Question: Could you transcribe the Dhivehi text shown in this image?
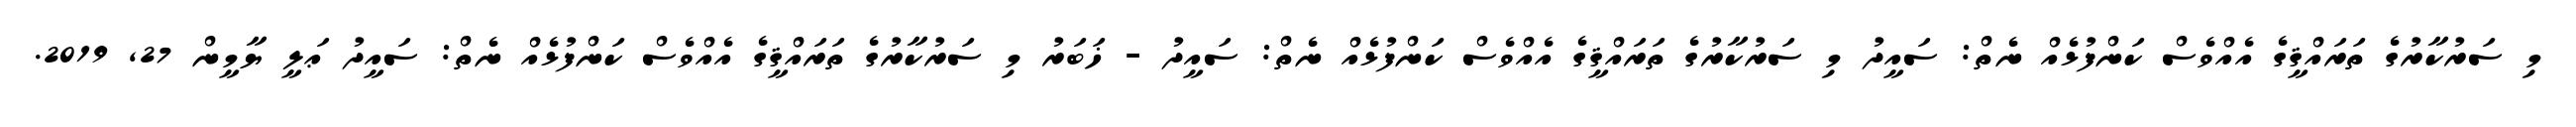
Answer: މި ސަރުކާރުގެ ތަރައްޤީގެ އެއްވެސް ކަންފުޅެއް ނެތް: ސައީދު މި ސަރުކާރުގެ ތަރައްޤީގެ އެއްވެސް ކަންފުޅެއް ނެތް: ސައީދު - ޚަބަރު މި ސަރުކާރުގެ ތަރައްޤީގެ އެއްވެސް ކަންފުޅެއް ނެތް: ސައީދު ޢަލީ ޔާމީން 27, 2019.